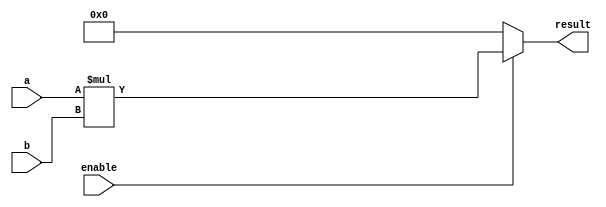
module multiplier(
    input wire [31:0] a,
    input wire [31:0] b,
    input wire enable,
    output reg [63:0] result
);

always @(*) begin
    if(enable) begin
        result = a * b;
    end else begin
        result = 64'h0;
    end
end

endmodule